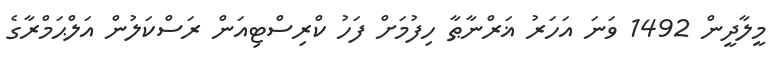
މީލާދީން 1492 ވަނަ އަހަރު ޣަރްނާޠާ ހިފުމަށް ފަހު ކްރިސްޓިއަން ރަސްކަލުން އަލްޙަމްރާގެ